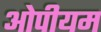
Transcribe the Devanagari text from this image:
ओपीयम